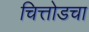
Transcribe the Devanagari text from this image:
चित्तोडचा